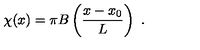
\chi ( x ) = \pi B \left( \frac { x - x _ { 0 } } { L } \right) \ .